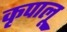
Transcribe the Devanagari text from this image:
कृपालू